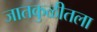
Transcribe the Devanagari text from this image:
जातकुळीतला